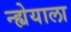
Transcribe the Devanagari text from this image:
न्ह्येयाला